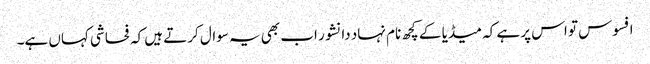
افسوس تو اس پر ہے کہ میڈیا کے کچھ نام نہاد دانشور اب بھی یہ سوال کرتے ہیں کہ فحاشی کہاں ہے۔